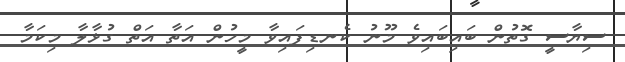
ސިޔާސީ ގޮތުން ބައިބައިވެ މޫނު ކެނޑިފައިވާ މީހުން އަތާ އަތް ގުޅާލާ މިކަމާ